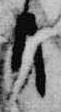
日